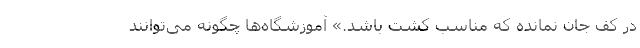
در كف جان نمانده كه مناسب كشت باشد.» آموزشگاه‌ها چگونه می‌توانند